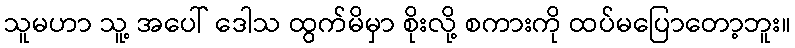
သူမဟာ သူ့ အပေါ် ဒေါသ ထွက်မိမှာ စိုးလို့ စကားကို ထပ်မပြောတော့ဘူး။